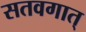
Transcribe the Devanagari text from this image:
सतवगात्